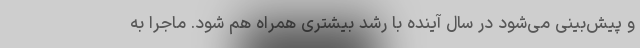
و پیش‌بینی می‌شود در سال آینده با رشد بیشتری همراه هم شود. ماجرا به